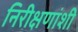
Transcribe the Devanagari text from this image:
निरीक्षणांशी